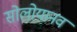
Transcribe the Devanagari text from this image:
सोलोयानव